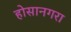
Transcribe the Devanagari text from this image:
होसानगरा